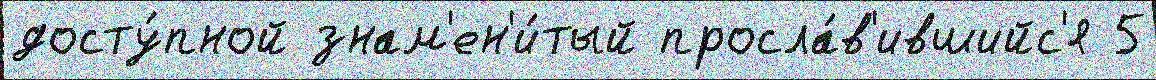
досту́пной знам'ен'и́тый просла́в'ившийс'я 5